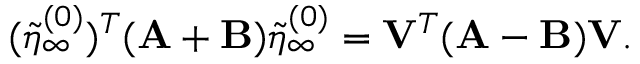
( \tilde { \eta } _ { \infty } ^ { ( 0 ) } ) ^ { T } ( \mathbf { A } + \mathbf { B } ) \tilde { \eta } _ { \infty } ^ { ( 0 ) } = \mathbf { V } ^ { T } ( \mathbf { A } - \mathbf { B } ) \mathbf { V } .